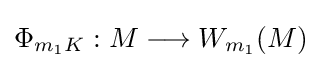
\Phi _{m_{1}K}:M\longrightarrow W_{m_{1}}(M)